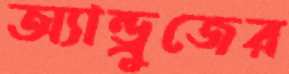
অ্যান্ড্রুজের